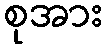
စုအား